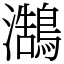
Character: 𪄣